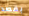
بقصد